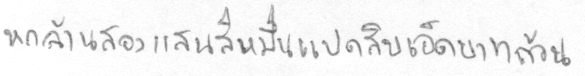
หกล้านสองแสนสี่หมื่นแปดสิบเอ็ดบาทถ้วน